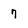
Character: 7